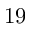
1 9